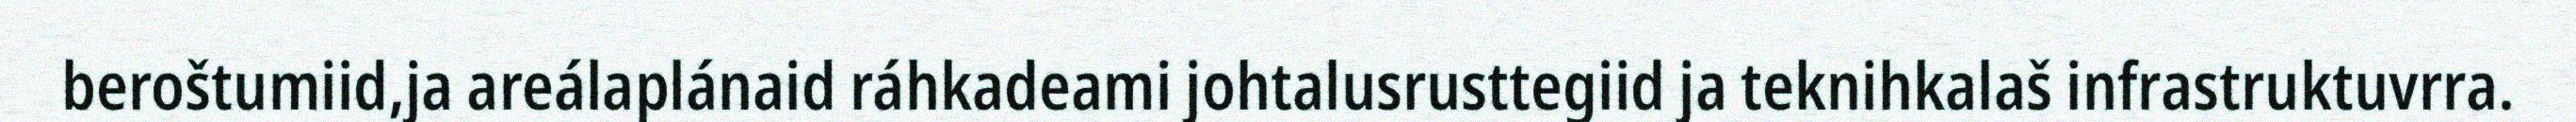
beroštumiid,ja areálaplánaid ráhkadeami johtalusrusttegiid ja teknihkalaš infrastruktuvrra.